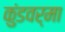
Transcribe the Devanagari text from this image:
कुंडवर्मा